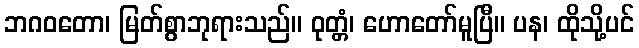
ဘဂဝတော၊ မြတ်စွာဘုရားသည်။ ဝုတ္တံ၊ ဟောတော်မူပြီ။ ပန၊ ထိုသို့ပင်